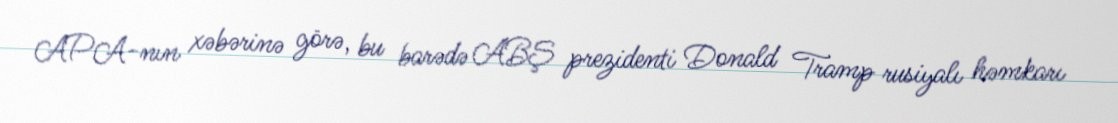
APA-nın xəbərinə görə, bu barədə ABŞ prezidenti Donald Tramp rusiyalı həmkarı